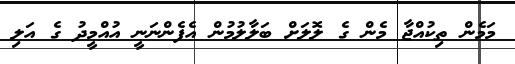
މަމެން ތިކުއްޖާ މެން ގެ ލޮލަށް ބަލާލުމުން އެފެންނަނީ އުއްމީދު ގެ އަލި